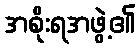
အစိုးရအဖွဲ့၏